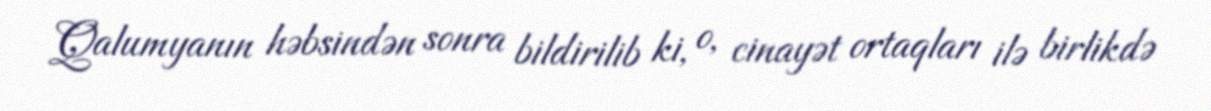
Qalumyanın həbsindən sonra bildirilib ki, o, cinayət ortaqları ilə birlikdə